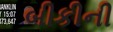
બીકીની